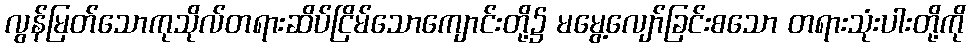
လွန်မြတ်သောကုသိုလ်တရားဆိပ်ငြိမ်သောကျောင်းတို့၌ မမွေ့လျော်ခြင်းစသော တရားသုံးပါးတို့ကို